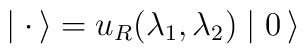
\mid  {\bf \cdot} \, \rangle =  u_R (\lambda_1, \lambda_2) \mid 0 \, \rangle